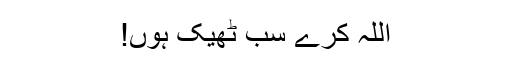
اللہ کرے سب ٹھیک ہوں!